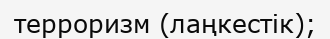
терроризм (лаңкестік);